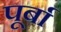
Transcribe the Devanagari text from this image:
पूर्बा